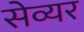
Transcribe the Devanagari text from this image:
सेव्यर